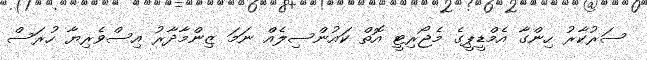
ސަރުކާރު ހިންގާ އެމްޑީޕީގެ މެޖޯރިޓީ އޮތް ކައުންސިލެއް ނަމަ ޒިންމާދާރު އިސްވެރިޔާ ހުރަސް